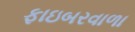
ફાઇબરવાળા